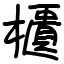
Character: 櫃